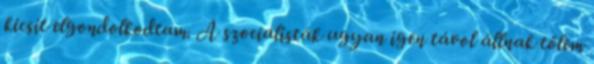
kicsit elgondolkodtam. A szocialisták ugyan igen távol állnak tőlem